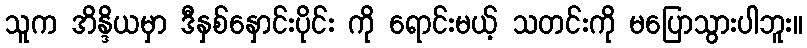
သူက အိန္ဒိယမှာ ဒီနှစ်နှောင်းပိုင်း ကို ရောင်းမယ့် သတင်းကို မပြောသွားပါဘူး။